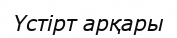
Үстірт арқары